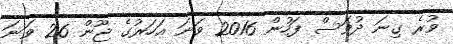
ވުރެ ގިނަ ދުވަސް ފަހުން 2016 ވަނަ އަހަރުގެ ޖޫން 26 ވަނަ